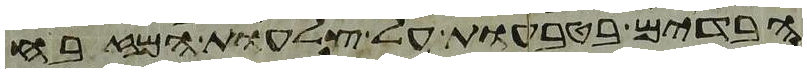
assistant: הבדים בטבעות על צלעות המזבח